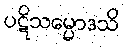
ပဋိသမ္မောဒသိ